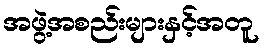
အဖွဲ့အစည်းများနှင့်အတူ